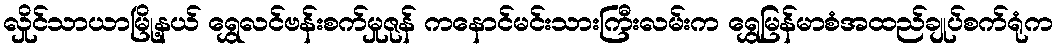
လှိုင်သာယာမြို့နယ် ရွှေလင်ဗန်းစက်မှုဇုန် ကနောင်မင်းသားကြီးလမ်းက ရွှေမြန်မာစံအထည်ချုပ်စက်ရုံက